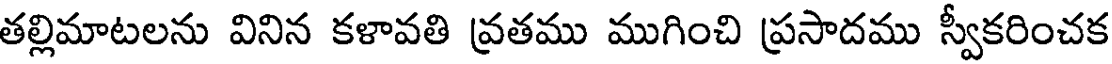
తల్లిమాటలను వినిన కళావతి వ్రతము ముగించి ప్రసాదము స్వీకరించక